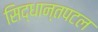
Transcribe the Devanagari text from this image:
सिद्धान्तपटल